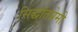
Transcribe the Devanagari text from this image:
सिद्धांतप्रेमी